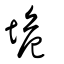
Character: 垝